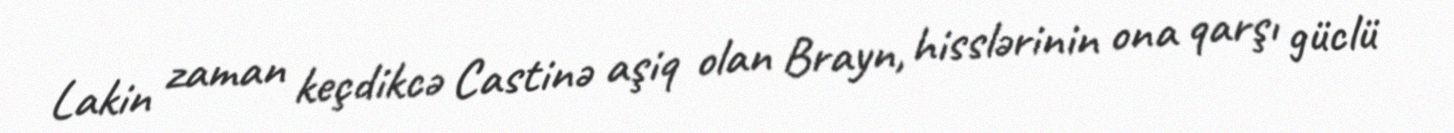
Lakin zaman keçdikcə Castinə aşiq olan Brayn, hisslərinin ona qarşı güclü